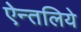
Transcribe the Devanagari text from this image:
ऐन्तलिये